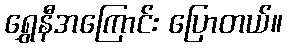
ရွှေနီအကြောင်း ပြောတယ်။